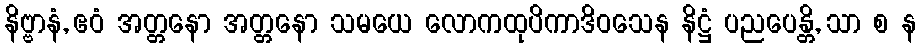
နိဗ္ဗာနံ, ဧဝံ အတ္တနော အတ္တနော သမယေ လောကထုပိကာဒိဝသေန နိဋ္ဌံ ပညပေန္တိ, သာ စ န